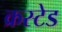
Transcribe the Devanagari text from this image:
क्रस्टेड